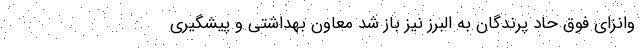
وانزای فوق حاد پرندگان به البرز نیز باز شد معاون بهداشتی و پیشگیری